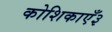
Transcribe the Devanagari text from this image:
कोशिकाएँ३